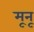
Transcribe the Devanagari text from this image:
मूनू